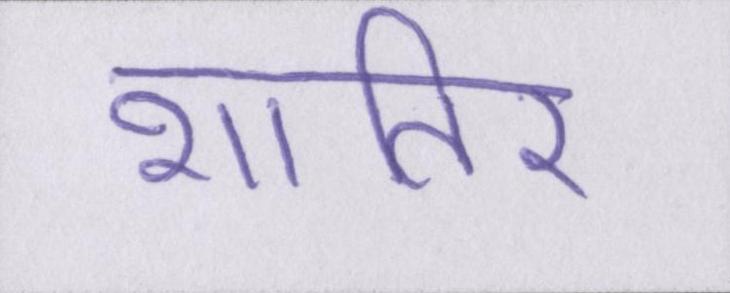
शातिर